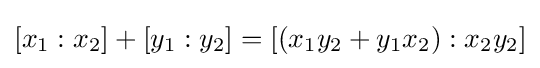
[x_{1}:x_{2}]+[y_{1}:y_{2}]=[(x_{1}y_{2}+y_{1}x_{2}):x_{2}y_{2}]